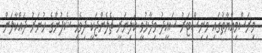
މިރަސްމިއްޔާތުގައި މިނިސްޓަރު ސައީދު ވިދާޅުވީ ކަލިނަރީ ޗެލެންޖަކީ ދިވެހި ޝެފުންގެ ހުނަރު ދައްކާލަން